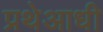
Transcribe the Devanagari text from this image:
प्रथेआधी